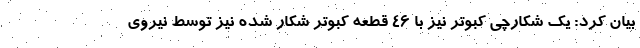
بیان کرد: یک شکارچی کبوتر نیز با ۴۶ قطعه کبوتر شکار شده نیز توسط نیروی